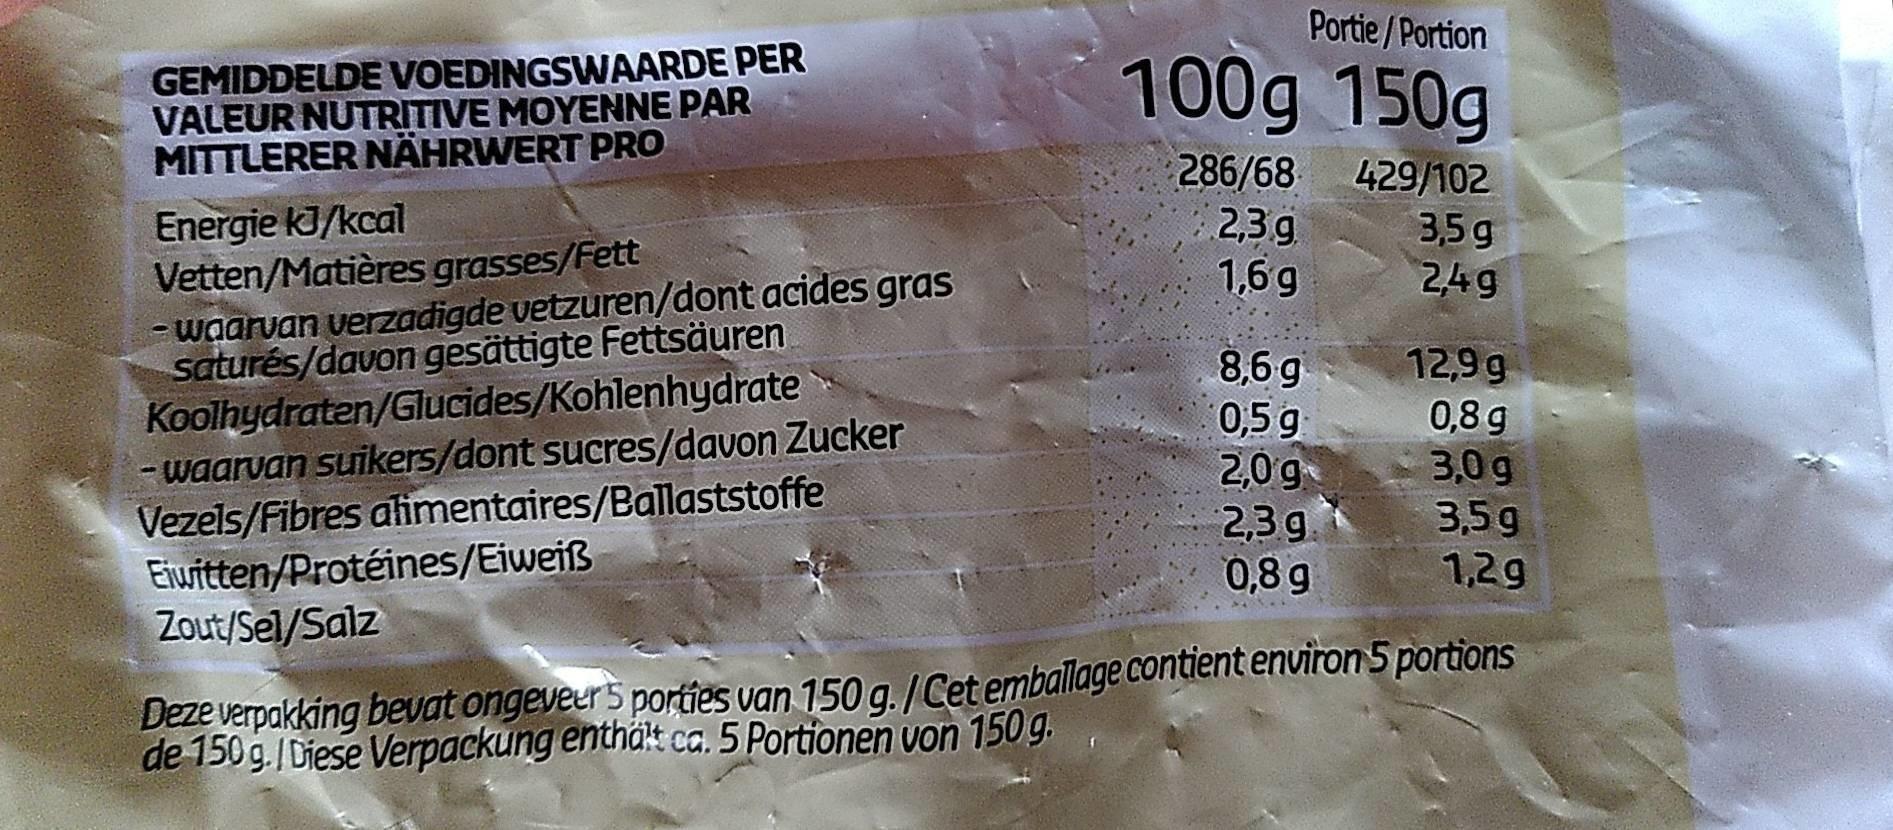
GEMIDDELDE VOEDINGSWAARDE PER VALEUR NUTRITIVE MOYENNE PAR MITTLERER NÄHRWERT PRO
Energie kJ/kcal
Vetten/Matières grasses/Fett
- waarvan verzadigde vetzuren/dont acides gras saturés/davon gesättigte Fettsäuren
Koolhydraten/Glucides/Kohlenhydrate
- waarvan suikers/dont sucres/davon Zucker Vezels/Fibres alimentaires/Ballaststoffe
Eiwitten/Protéines/Eiweiß
Portie/Portion
100g 150g
429/102
3,5 g
2,4g
286/68
2,3.g
1,6 g
8,6 g
0,5 g
2,0 g
2,3 g
0,8 g
12,9 g
0,8 g
3,0 g
3,5g
1,2g
Zout/Sel/Salz
Deze verpakking bevat ongeveer 5 porties van 150 g./Cet emballage contient environ 5 portions de 150 g./Diese Verpackung enthält ca. 5 Portionen von 150g.